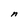
Character: n